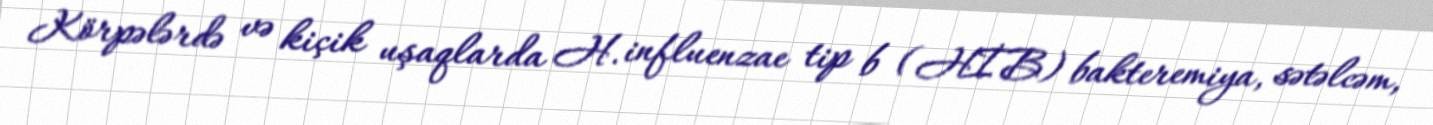
Körpələrdə və kiçik uşaqlarda H. influenzae tip b (HİB) bakteremiya, sətəlcəm,